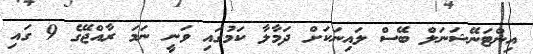
އިންޓަނޭޝަނަލް ބޭސް ލައިނަކަށް ދަމާލާ ކަމުގައި ވަނީ ނަމަ ރާއްޖޭގެ 9 ގައި